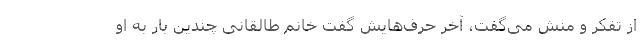
از تفکر و منش می‌گفت، آخر حرف‌هایش گفت خانم طالقانی چندین بار به او